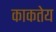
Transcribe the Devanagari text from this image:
काकतेय